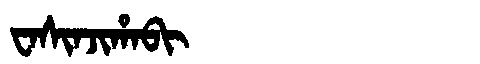
Manchu: ᠸᠠᠰᡳᠨᠵᡳᡥᠠᠪᡳ
Romanization: WASINJIHABI